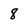
Character: 8